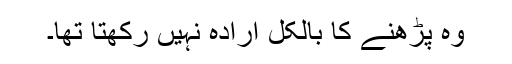
وہ پڑھنے کا بالکل ارادہ نہیں رکھتا تھا۔